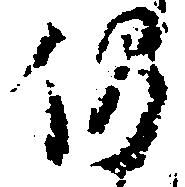
仍